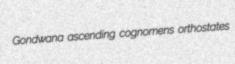
Gondwana ascending cognomens orthostates